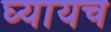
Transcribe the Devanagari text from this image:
घ्यायच